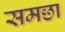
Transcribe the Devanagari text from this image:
समछा